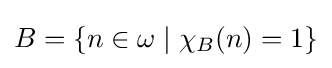
B=\{n\in \omega \mid \chi _{B}(n)=1\}